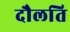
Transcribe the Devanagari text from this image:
दौलति